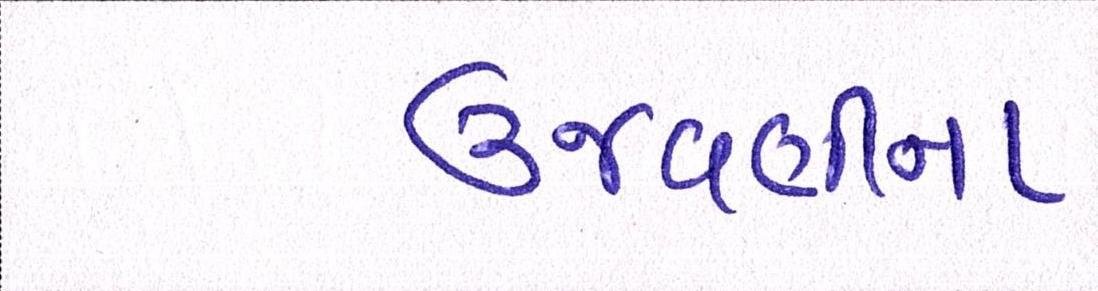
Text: ઉજવણીના